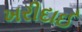
ખરીદાઈ